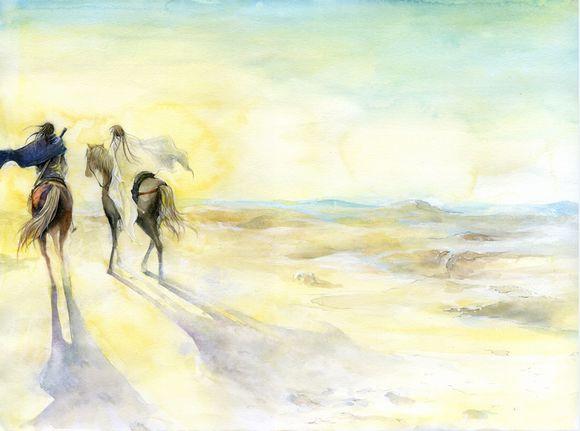
策马自沙漠，长驱登塞垣。